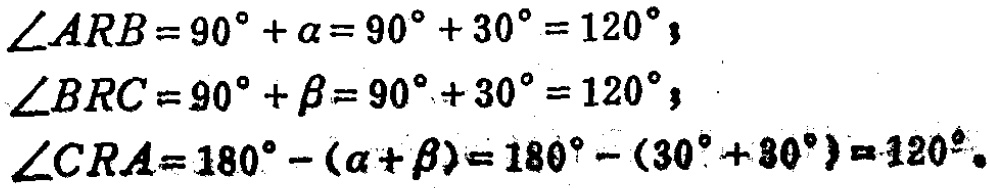
\(\angle ARB = 90^{\circ}+\alpha=90^{\circ}+30^{\circ}=120^{\circ}\)；

\(\angle BRC = 90^{\circ}+\beta=90^{\circ}+30^{\circ}=120^{\circ}\)；

\(\angle CRA = 180^{\circ}-(\alpha+\beta)=180^{\circ}-(30^{\circ}+30^{\circ}) = 120^{\circ}\)。